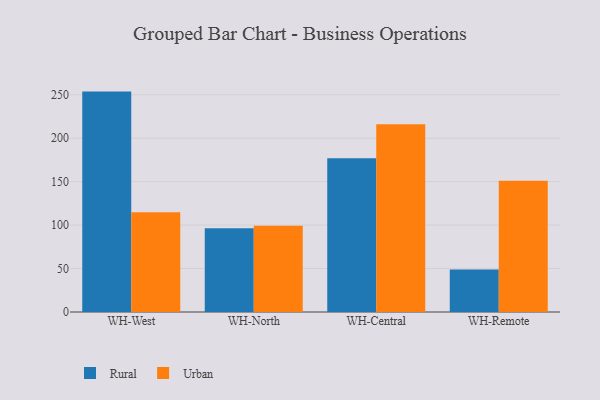
{"axis": {"x": "Warehouse", "y": "Net Income (USD K)"}, "legend": ["Rural", "Urban"], "data": [{"x": "WH-West", "y": 253.6, "type": "Rural"}, {"x": "WH-West", "y": 114.9, "type": "Urban"}, {"x": "WH-North", "y": 96.3, "type": "Rural"}, {"x": "WH-North", "y": 99.1, "type": "Urban"}, {"x": "WH-Central", "y": 177.0, "type": "Rural"}, {"x": "WH-Central", "y": 216.1, "type": "Urban"}, {"x": "WH-Remote", "y": 49.0, "type": "Rural"}, {"x": "WH-Remote", "y": 151.1, "type": "Urban"}]}